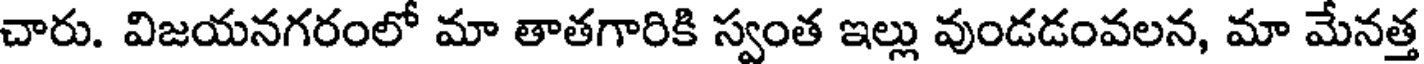
చారు. విజయనగరంలో మా తాతగారికి స్వంత ఇల్లు వుండడంవలన, మా మేనత్త